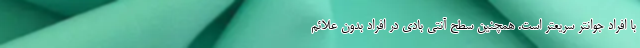
با افراد جوانتر سریعتر است. همچنین سطح آنتی بادی در افراد بدون علائم